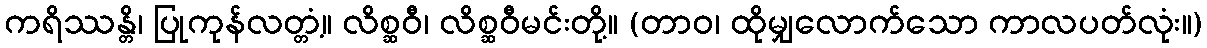
ကရိဿန္တိ၊ ပြုကုန်လတ္တံ့။ လိစ္ဆဝီ၊ လိစ္ဆဝီမင်းတို့။ (တာဝ၊ ထိုမျှလောက်သော ကာလပတ်လုံး။)